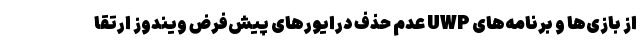
از بازی‌ها و برنامه‌های UWP عدم حذف درایورهای پیش‌فرض ویندوز ارتقا